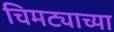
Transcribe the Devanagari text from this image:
चिमट्याच्या